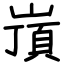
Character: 嵿